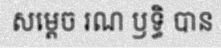
សម្តេច រណ ឫទ្ធិ បាន